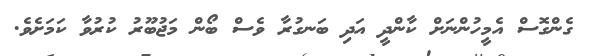
ގެންގޮސް އެމީހުންނަށް ކާންދީ އަދި ބަނގުރާ ވެސް ބޯން މަޖުބޫރު ކުރުވާ ކަމަށެވެ.